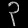
Digit: ၃